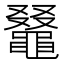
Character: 𪓭